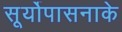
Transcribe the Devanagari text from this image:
सूर्योपासनाके